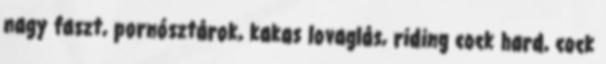
nagy faszt, pornósztárok, kakas lovaglás, riding cock hard, cock